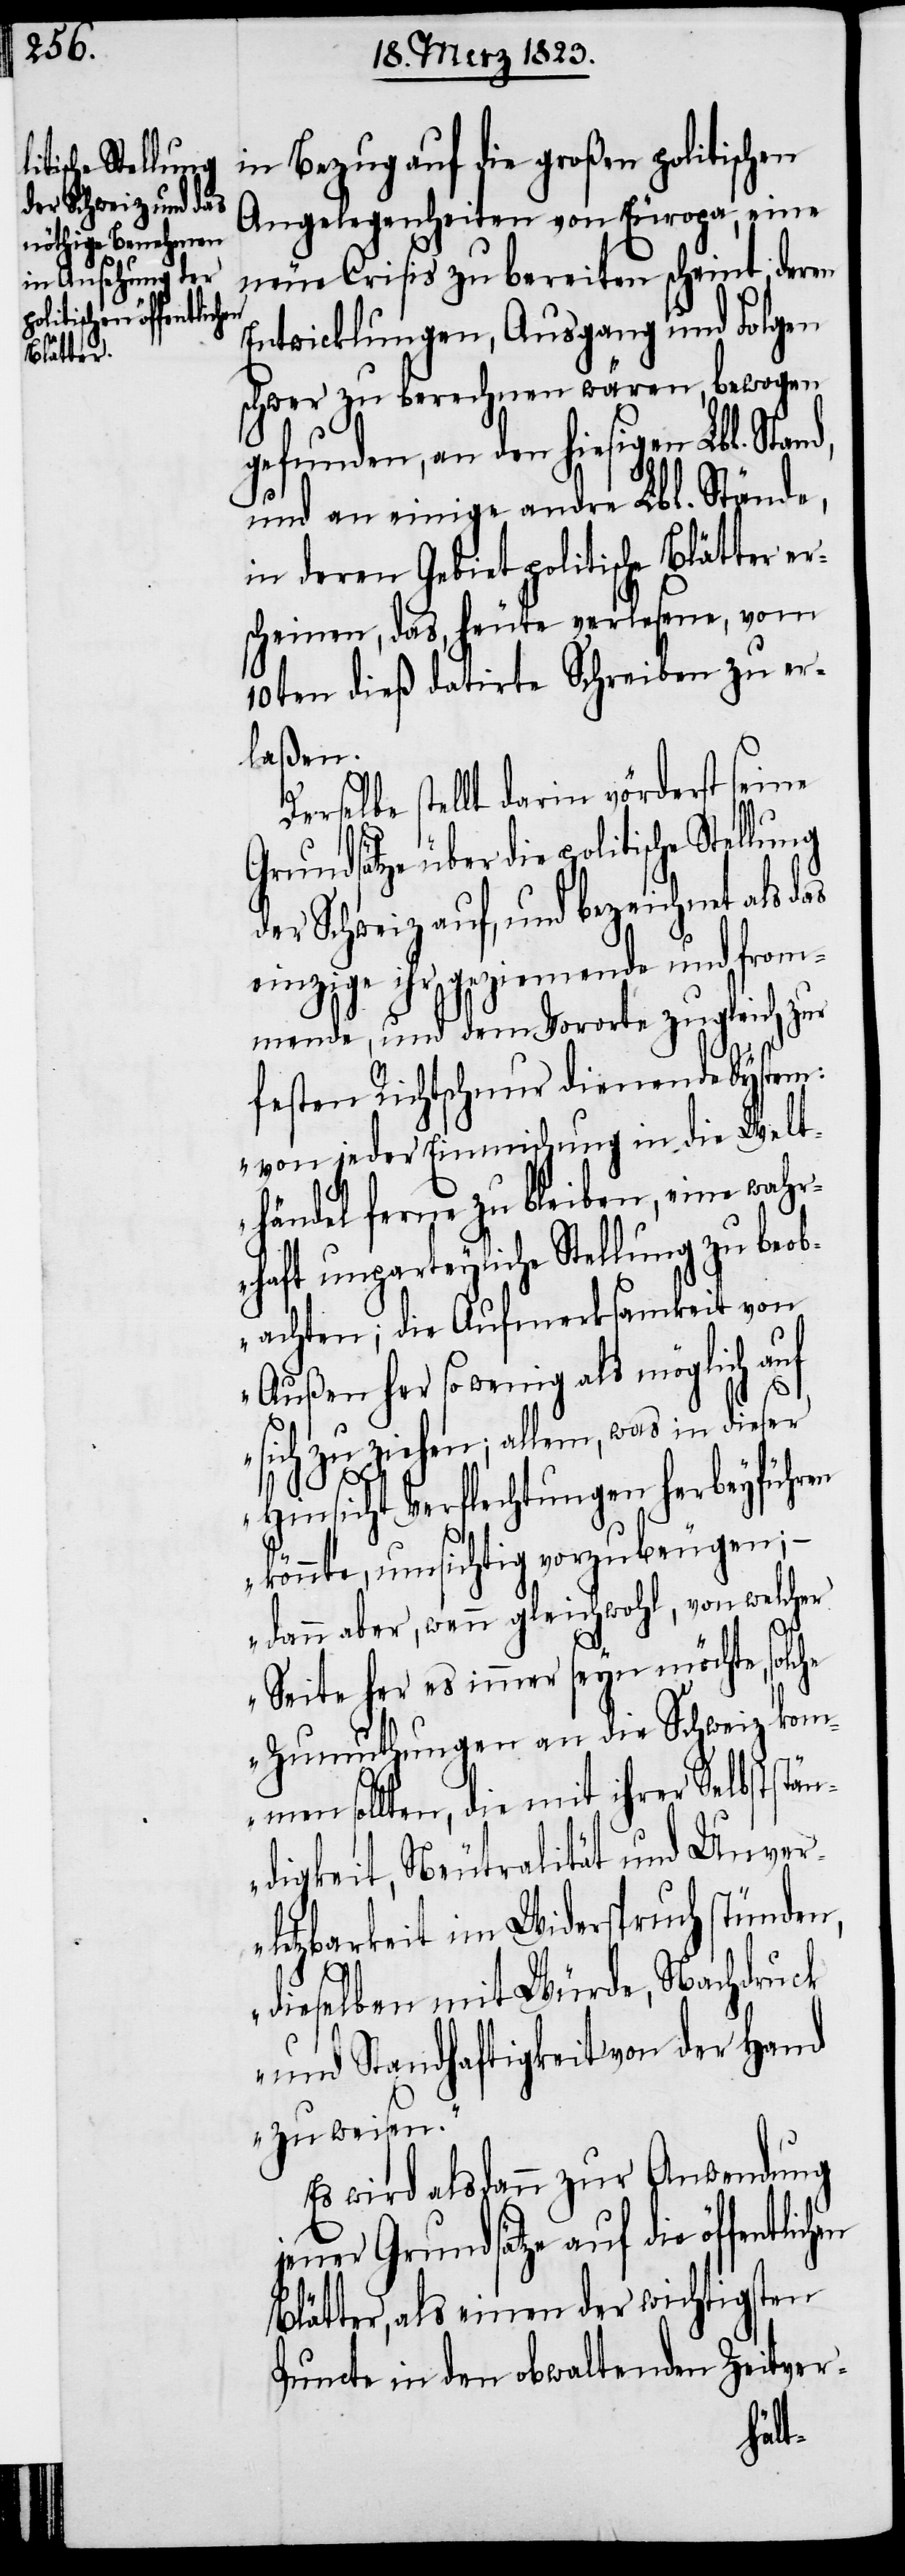
ische Stellung

in Bezug auf die großen politischen
Angelegenheiten von Europa, eine
neue Crisis zu bereiten scheint, deren
Entwicklungen, Ausgang und Folgen
schwer zu berechnen wären, bewogen
gefunden, an den hiesigen Lbl. Stand,
und an einige andre Lbl. Stände,
in deren Gebiet politische Blätter er¬
scheinen, das, heute verlesene, vom
10ten dieß datirte Schreiben zu er¬
laßen.
Derselbe stellt darin vörderst seine
Grundsätze über die polit¬
der Schweiz auf, und bezeichnet als das
einzige ihr geziemende und from¬
mende, und dem Vororte zugleich zur
festen Richtschnur dienende System:
„von jeder Einmischung in die Welt¬
händel ferne zu bleiben, eine wahr¬
haft unparteyliche Stellung zu beob¬
achten; die Aufmerksamkeit von
Außen her so wenig als möglich auf
sich zu ziehen; allem, was in dieser
Hinsicht Verflechtungen herbeyführen
könnte, umsichtig vorzubeugen; –
dann aber, wenn gleichwohl, von welcher
Seite her es immer seyn möchte, solc¬
he Zumuthungen an die Schweiz komm¬
en sollten, die mit ihrer Selbststän¬
digkeit, Neutralität und Unver¬
letzbarkeit im Widerspruch stünden,
dieselben mit Würde, Nachdruck
und Standhaftigkeit von der Hand
zu weisen.“
Es wird alsdann zur Anwendung
jener Grundsätze auf die
Blätter, als einen der wichtigsten
Puncte in den obwaltenden Zeitver-